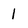
Character: 1